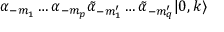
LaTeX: \alpha _ { - m _ { 1 } } \ldots \alpha _ { - m _ { p } } \tilde { \alpha } _ { - m _ { 1 } ^ { \prime } } \ldots \tilde { \alpha } _ { - m _ { q } ^ { \prime } } | 0 , k \rangle